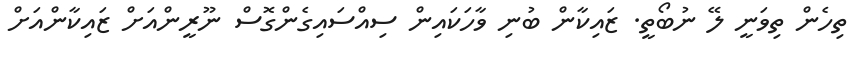
ތިހެން ތިވަނީ ލޭ ނުބޯތީ. ޒައިކާން ބުނި ވާހަކައިން ސިއްސައިގެންގޮސް ނޫރީންއަށް ޒައިކާންއަށް